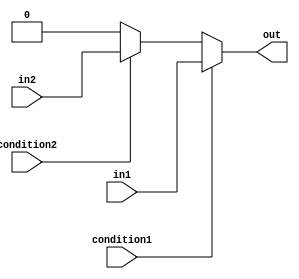
module generate_conditional_assignment (
    input wire condition1,
    input wire condition2,
    input wire in1,
    input wire in2,
    output reg out
);

always @* begin
    if (condition1) begin
        out = in1;
    end else if (condition2) begin
        out = in2;
    end else begin
        out = 0; // default value if no conditions are met
    end
end

endmodule